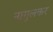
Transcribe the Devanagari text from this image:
नागुलकर